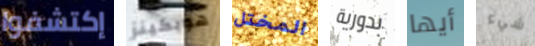
إكتشفوا هوبكينز المختل بدورية أيها شيء